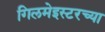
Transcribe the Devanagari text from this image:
गिलमेइस्टरच्या